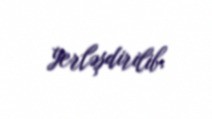
yerləşdirilib.